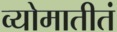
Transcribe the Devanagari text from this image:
व्योमातीतं